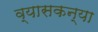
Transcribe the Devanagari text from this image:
व्यासकन्या